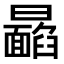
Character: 𩉉